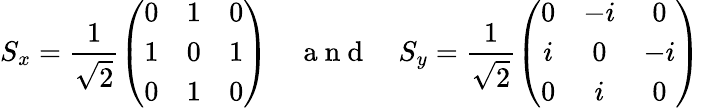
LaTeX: S_{x}=\frac{1}{\sqrt{2}}\left(\begin{array}{ccc}{0}&{1}&{0}\\ {1}&{0}&{1}\\ {0}&{1}&{0}\end{array}\right)\quad\mathrm{~a~n~d~}\quad S_{y}=\frac{1}{\sqrt{2}}\left(\begin{array}{ccc}{0}&{-i}&{0}\\ {i}&{0}&{-i}\\ {0}&{i}&{0}\end{array}\right)